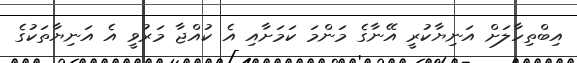
އިބްތިހާލަށް އަނިޔާކުރީ އޭނާގެ މަންމަ ކަމަށާއި އެ ކުއްޖާ މަރުވީ އެ އަނިޔާތަކުގެ